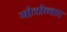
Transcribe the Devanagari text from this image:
गोत्रोच्चार